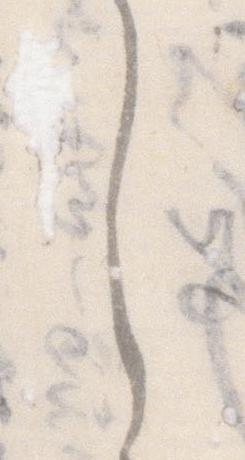
し